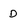
Character: D